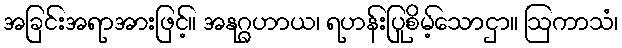
အခြင်းအရာအားဖြင့်။ အနုဂ္ဂဟာယ၊ ရဟန်းပြုစိမ့်သောငှာ။ ဩကာသံ၊